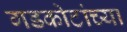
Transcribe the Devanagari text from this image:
गडकोटांच्या